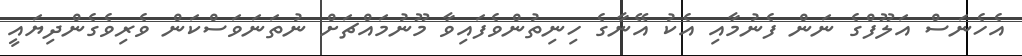
އެހެނަސް އަލޫފްގެ ނަން ފެނުމާއި އެކު އޭނާގެ ހިނިތުންވެފައިވާ މޫނުމައްޗަށް ނުތަނަވަސްކަން ވެރިވެގެންދިޔައީ